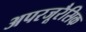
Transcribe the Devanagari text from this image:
अपरजूरैसिक